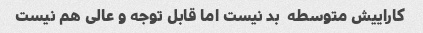
کاراییش متوسطه  بد نیست اما قابل توجه و عالی هم نیست